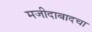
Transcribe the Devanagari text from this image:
मजीदाबादचा